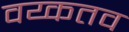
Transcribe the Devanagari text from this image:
वय्कतव